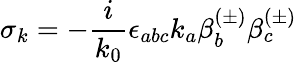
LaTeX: \sigma_{k}=-\frac i{k_{0}}\epsilon_{abc}k_{a}\beta_{b}^{(\pm)}\beta_{c}^{(\pm)}